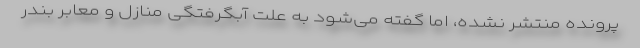
پرونده منتشر نشده، اما گفته می‌شود به علت آبگرفتگی منازل و معابر بندر